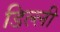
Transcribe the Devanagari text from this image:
डिल्ली